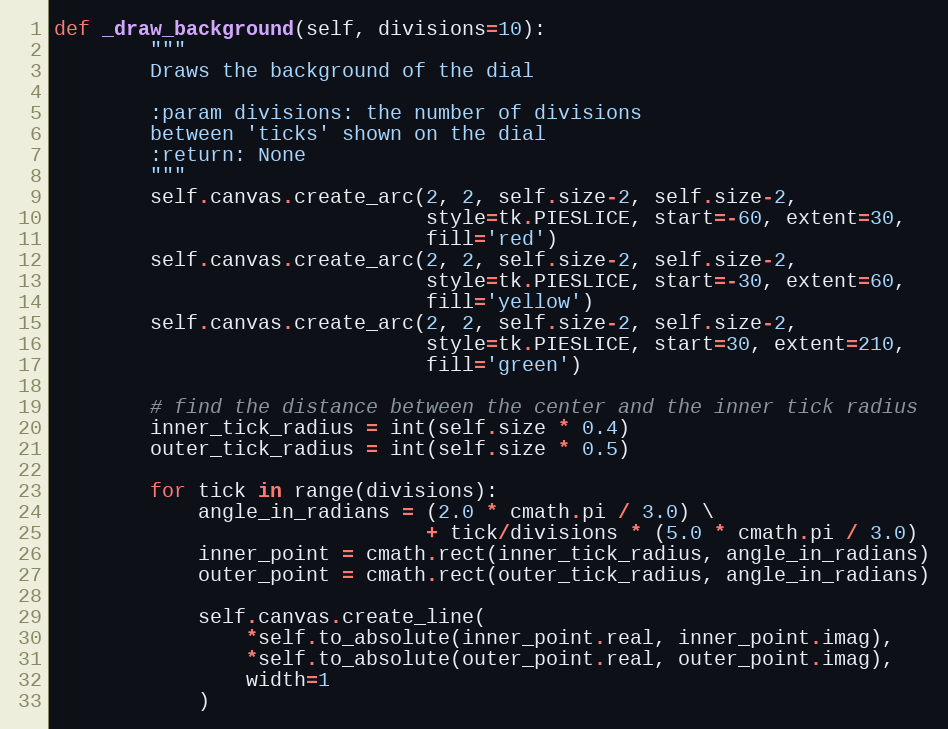
Language: Python
def _draw_background(self, divisions=10):
        """
        Draws the background of the dial

        :param divisions: the number of divisions
        between 'ticks' shown on the dial
        :return: None
        """
        self.canvas.create_arc(2, 2, self.size-2, self.size-2,
                               style=tk.PIESLICE, start=-60, extent=30,
                               fill='red')
        self.canvas.create_arc(2, 2, self.size-2, self.size-2,
                               style=tk.PIESLICE, start=-30, extent=60,
                               fill='yellow')
        self.canvas.create_arc(2, 2, self.size-2, self.size-2,
                               style=tk.PIESLICE, start=30, extent=210,
                               fill='green')

        # find the distance between the center and the inner tick radius
        inner_tick_radius = int(self.size * 0.4)
        outer_tick_radius = int(self.size * 0.5)

        for tick in range(divisions):
            angle_in_radians = (2.0 * cmath.pi / 3.0) \
                               + tick/divisions * (5.0 * cmath.pi / 3.0)
            inner_point = cmath.rect(inner_tick_radius, angle_in_radians)
            outer_point = cmath.rect(outer_tick_radius, angle_in_radians)

            self.canvas.create_line(
                *self.to_absolute(inner_point.real, inner_point.imag),
                *self.to_absolute(outer_point.real, outer_point.imag),
                width=1
            )